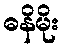
ဓနိမိုး